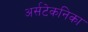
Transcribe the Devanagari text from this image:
अर्सटेकनिका